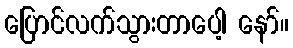
ပြောင်လက်သွားတာပေါ့ နော်။